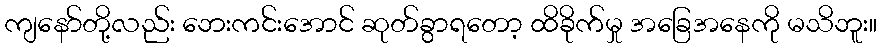
ကျနော်တို့လည်း ဘေးကင်းအောင် ဆုတ်ခွာရတော့ ထိခိုက်မှု အခြေအနေကို မသိဘူး။